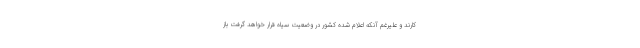
کارند و علیرغم آنکه اعلام شده کشور در وضعیت سیاه قرار خواهد گرفت باز